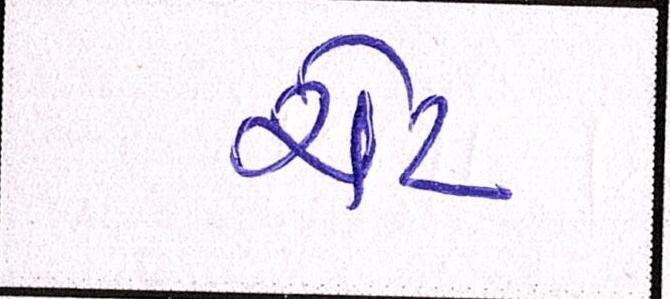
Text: ચેટ